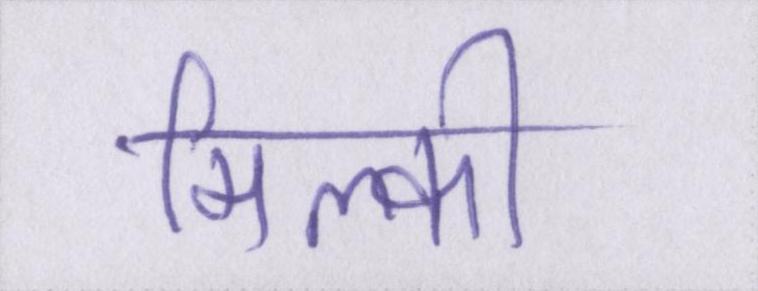
मिल्की